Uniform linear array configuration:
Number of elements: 4
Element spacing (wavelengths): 0.25
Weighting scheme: binomial
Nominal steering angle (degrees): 30
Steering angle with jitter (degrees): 30.698
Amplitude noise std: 0.05
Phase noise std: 0.05

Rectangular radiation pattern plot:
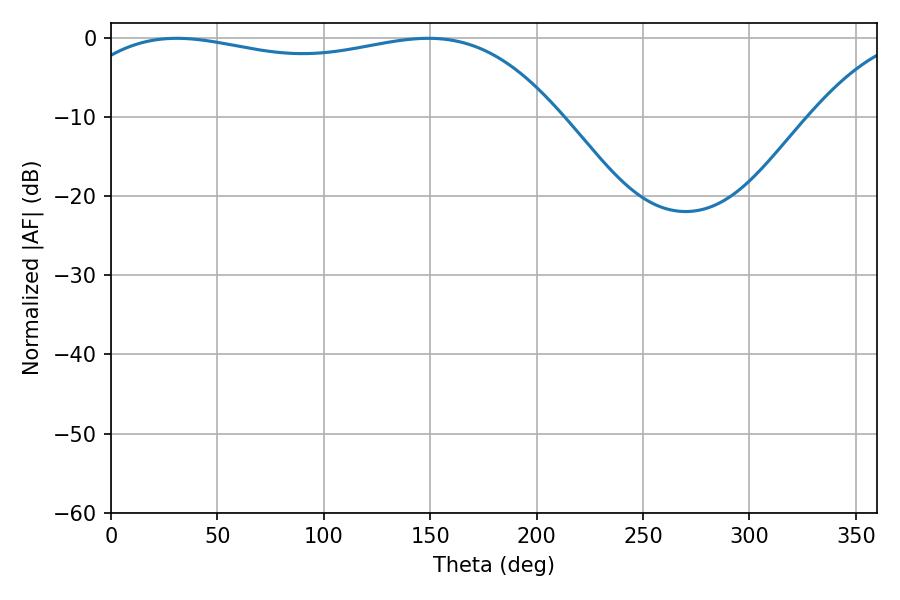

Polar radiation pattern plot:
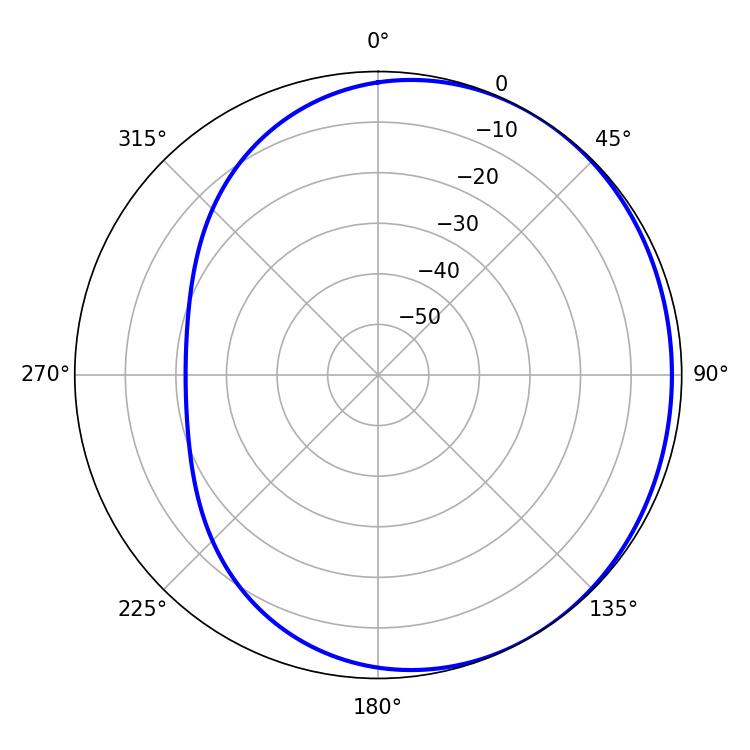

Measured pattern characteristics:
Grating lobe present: FALSE
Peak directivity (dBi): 1.265
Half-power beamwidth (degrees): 185.22
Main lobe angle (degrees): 30.96